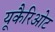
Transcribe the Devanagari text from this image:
यूकैरिओट